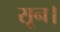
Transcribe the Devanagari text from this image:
सून।